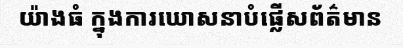
យ៉ាងធំ ក្នុងការឃោសនាបំផ្លើសព័ត៌មាន